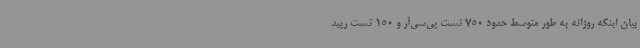
بیان اینکه روزانه به طور متوسط حدود 750 تست پی‌سی‌آر و 150 تست رپید